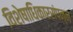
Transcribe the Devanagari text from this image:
विशेषाधिकारसंपन्न